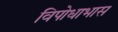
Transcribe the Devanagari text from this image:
विपोधाभास